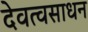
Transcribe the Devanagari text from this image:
देवत्वसाधन